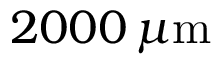
2 0 0 0 \, \mu \mathrm { m }